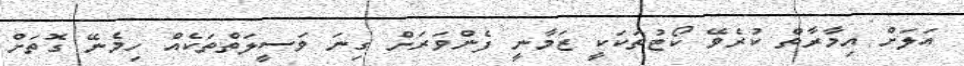
އަލަށް އިމާރާތް ކުރެވޭ ކޯޓުތަކަކީ ޒަމާނީ ފެންވަރަށް ގިނަ ވަސީލަތްތަކެއް ހިމެނޭ ގޮތަށް